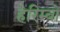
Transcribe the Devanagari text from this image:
हेरिम्बो